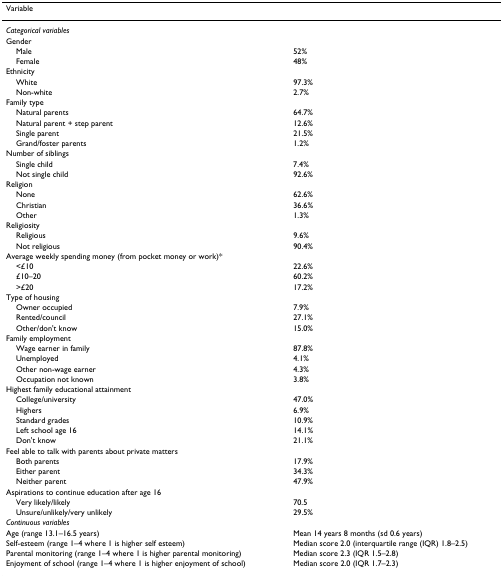
<table><thead><tr><td><b>Variable</b></td><td>[EMPTY_CELL]</td></tr></thead><tbody><tr><td><i>Categorical variables</i></td><td>[EMPTY_CELL]</td></tr><tr><td>Gender</td><td>[EMPTY_CELL]</td></tr><tr><td> Male</td><td>52%</td></tr><tr><td> Female</td><td>48%</td></tr><tr><td>Ethnicity</td><td>[EMPTY_CELL]</td></tr><tr><td> White</td><td>97.3%</td></tr><tr><td> Non-white</td><td>2.7%</td></tr><tr><td>Family type</td><td>[EMPTY_CELL]</td></tr><tr><td> Natural parents</td><td>64.7%</td></tr><tr><td> Natural parent + step parent</td><td>12.6%</td></tr><tr><td> Single parent</td><td>21.5%</td></tr><tr><td> Grand/foster parents</td><td>1.2%</td></tr><tr><td>Number of siblings</td><td>[EMPTY_CELL]</td></tr><tr><td> Single child</td><td>7.4%</td></tr><tr><td> Not single child</td><td>92.6%</td></tr><tr><td>Religion</td><td>[EMPTY_CELL]</td></tr><tr><td> None</td><td>62.6%</td></tr><tr><td> Christian</td><td>36.6%</td></tr><tr><td> Other</td><td>1.3%</td></tr><tr><td>Religiosity</td><td>[EMPTY_CELL]</td></tr><tr><td> Religious</td><td>9.6%</td></tr><tr><td> Not religious</td><td>90.4%</td></tr><tr><td>Average weekly spending money (from pocket money or work)*</td><td>[EMPTY_CELL]</td></tr><tr><td> &lt;£10</td><td>22.6%</td></tr><tr><td> £10–20</td><td>60.2%</td></tr><tr><td> &gt;£20</td><td>17.2%</td></tr><tr><td>Type of housing</td><td>[EMPTY_CELL]</td></tr><tr><td> Owner occupied</td><td>7.9%</td></tr><tr><td> Rented/council</td><td>27.1%</td></tr><tr><td> Other/don't know</td><td>15.0%</td></tr><tr><td>Family employment</td><td>[EMPTY_CELL]</td></tr><tr><td> Wage earner in family</td><td>87.8%</td></tr><tr><td> Unemployed</td><td>4.1%</td></tr><tr><td> Other non-wage earner</td><td>4.3%</td></tr><tr><td> Occupation not known</td><td>3.8%</td></tr><tr><td>Highest family educational attainment</td><td>[EMPTY_CELL]</td></tr><tr><td> College/university</td><td>47.0%</td></tr><tr><td> Highers</td><td>6.9%</td></tr><tr><td> Standard grades</td><td>10.9%</td></tr><tr><td> Left school age 16</td><td>14.1%</td></tr><tr><td> Don't know</td><td>21.1%</td></tr><tr><td>Feel able to talk with parents about private matters</td><td>[EMPTY_CELL]</td></tr><tr><td> Both parents</td><td>17.9%</td></tr><tr><td> Either parent</td><td>34.3%</td></tr><tr><td> Neither parent</td><td>47.9%</td></tr><tr><td>Aspirations to continue education after age 16</td><td>[EMPTY_CELL]</td></tr><tr><td> Very likely/likely</td><td>70.5</td></tr><tr><td> Unsure/unlikely/very unlikely</td><td>29.5%</td></tr><tr><td><i>Continuous variables</i></td><td>[EMPTY_CELL]</td></tr><tr><td>Age (range 13.1–16.5 years)</td><td>Mean 14 years 8 months (sd 0.6 years)</td></tr><tr><td>Self-esteem (range 1–4 where 1 is higher self esteem)</td><td>Median score 2.0 (interquartile range (IQR) 1.8–2.5)</td></tr><tr><td>Parental monitoring (range 1–4 where 1 is higher parental monitoring)</td><td>Median score 2.3 (IQR 1.5–2.8)</td></tr><tr><td>Enjoyment of school (range 1–4 where 1 is higher enjoyment of school)</td><td>Median score 2.0 (IQR 1.7–2.3)</td></tr></tbody></table>